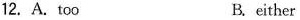
12. A. too B. either